Insane asylums in Bengal annual reports 1876-1887 - 1876-1887
Year: 1876
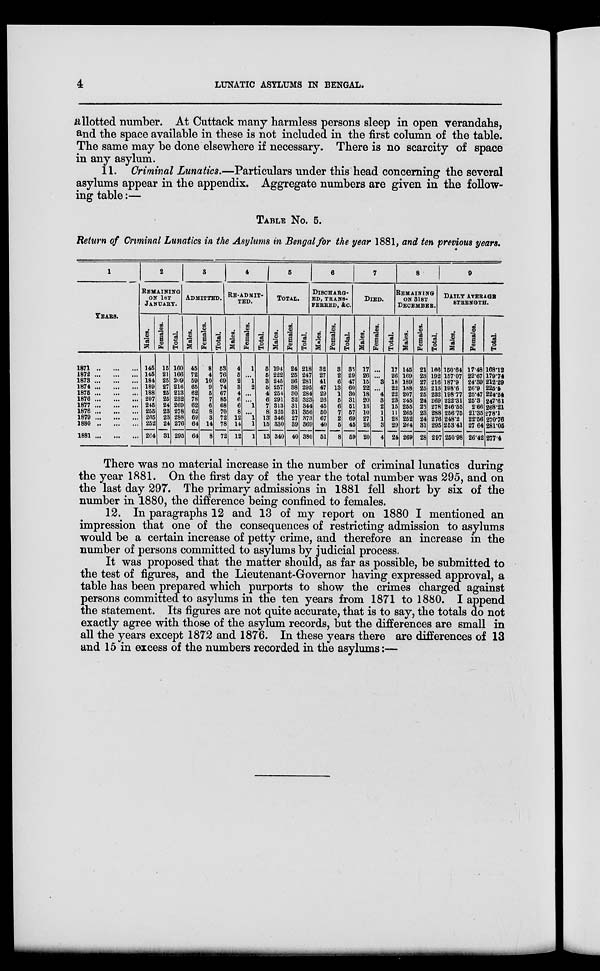
4
LUNATIC ASYLUMS IN BENGAL.
allotted number. At Cuttack many harmless persons sleep in open verandahs,
and the space available in these is not included in the first column of the table.
The same may be done elsewhere if necessary. There is no scarcity of space
in any asylum.
11. Criminal Lunatics.—Particulars under this head concerning the several
asylums appear in the appendix. Aggregate numbers are given in the follow-
ing table :—
TABLE No. 5.
Return of Criminal Lunatics in the Asylums in Bengal for the year 1881, and ten previous years.
1
YEARS.
1871 ... ... ...
1872 ... ... ...
1873 ... ... ...
1874 ... ... ...
1875 ... ... ...
1876 ... ... ...
1877 ... ... ...
1878 ... ... ...
1879 ... ... ...
1880 ... ... ...
1881 ... ... ...
2
REMAINING
ON 1ST
JANUARY.
Males.
145
145
184
189
188
207
245
255
265
252
264
Females.
15
21
25
27
25
25
24
23
23
24
31
Total.
160
166
209
216
213
232
269
278
288
276
295
3
ADMITTED.
Males.
45
72
59
65
62
78
62
62
69
64
64
Females.
8
4
10
9
5
7
6
8
3
14
8
Total.
53
76
69
74
67
85
68
70
72
78
72
4
RE-ADMIT-
TED.
Males.
4
5
2
3
4
6
6
8
12
14
12
Females.
1
...
1
2
...
...
1
...
1
1
1
Total.
5
5
3
5
4
6
7
8
13
15
13
5
TOTAL.
Males.
194
222
245
257
254
291
313
325
346
330
340
Females.
24
25
36
38
30
32
31
31
27
39
40
Total.
218
247
281
295
284
323
344
356
373
369
380
6
DISCHARG-
--, TRANS-
FERRED, &c.
Males.
32
27
41
47
29
26
45
50
67
40
51
Females.
3
2
6
13
1
5
6
7
2
5
8
Total.
35
29
47
60
30
31
51
57
69
45
59
7
DIED.
Males.
17
26
15
22
18
20
13
10
27
26
20
Females.
...
...
3
...
4
3
2
1
1
3
4
Total.
17
26
18
22
22
23
15
11
28
29
24
8
REMAINING
ON 31ST
DECEMBER.
Males.
145
169
189
188
207
245
255
265
252
264
269
Females.
21
23
27
25
25
24
23
23
24
31
28
Total.
166
192
216
213
232
269
278
288
276
295
297
9
DAILY AVERAGE
STRENGTH.
Males.
150.64
157.07
187.9
198.6
198.77
222.31
246.55
256.75
248.2
253.41
250.98
Females.
17.48
22.67
24.39
26.9
25.47
25.3
2.66
21.35
22.56
27.64
26.42
Total.
168.12
179.74
212.29
225.5
224.24
247.61
268.21
278.1
270.76
281.05
277.4
There was no material increase in the number of criminal lunatics during
the year 1881. On the first day of the year the total number was 295, and on
the last day 297. The primary admissions in 1881 fell short by six of the
number in 1880, the difference being confined to females.
12. In paragraphs 12 and 13 of my report on 1880 I mentioned an
impression that one of the consequences of restricting admission to asylums
would be a certain increase of petty crime, and therefore an increase in the
number of persons committed to asylums by judicial process.
It was proposed that the matter should, as far as possible, be submitted to
the test of figures, and the Lieutenant-Governor having expressed approval, a
table has been prepared which purports to show the crimes charged against
persons committed to asylums in the ten years from 1871 to 1880. I append
the statement. Its figures are not quite accurate, that is to say, the totals do not
exactly agree with those of the asylum records, but the differences are small in
all the years except 1872 and 1876. In these years there are differences of 13
and 15 in excess of the numbers recorded in the asylums:—